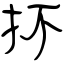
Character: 抔